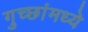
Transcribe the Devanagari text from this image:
गुच्छांमध्ये